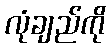
လုံချည်ကို